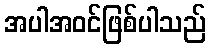
အပါအဝင်ဖြစ်ပါသည်